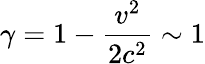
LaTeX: \gamma=1-\frac{v^{2}}{2c^{2}}\sim 1